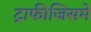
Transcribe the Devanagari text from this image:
ट्राफीजिसमे